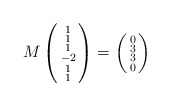
\begin{align*} M \left(\begin{smallmatrix} 1 \\ 1 \\ 1 \\ -2 \\ 1 \\ 1 \end{smallmatrix}\right) = \left(\begin{smallmatrix} 0 \\ 3 \\ 3 \\ 0 \end{smallmatrix}\right)\end{align*}